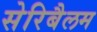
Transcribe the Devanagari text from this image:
सेरिबैलम